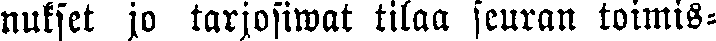
nukset jo tarjosiwat tilaa seuran toimis-